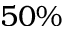
5 0 \%